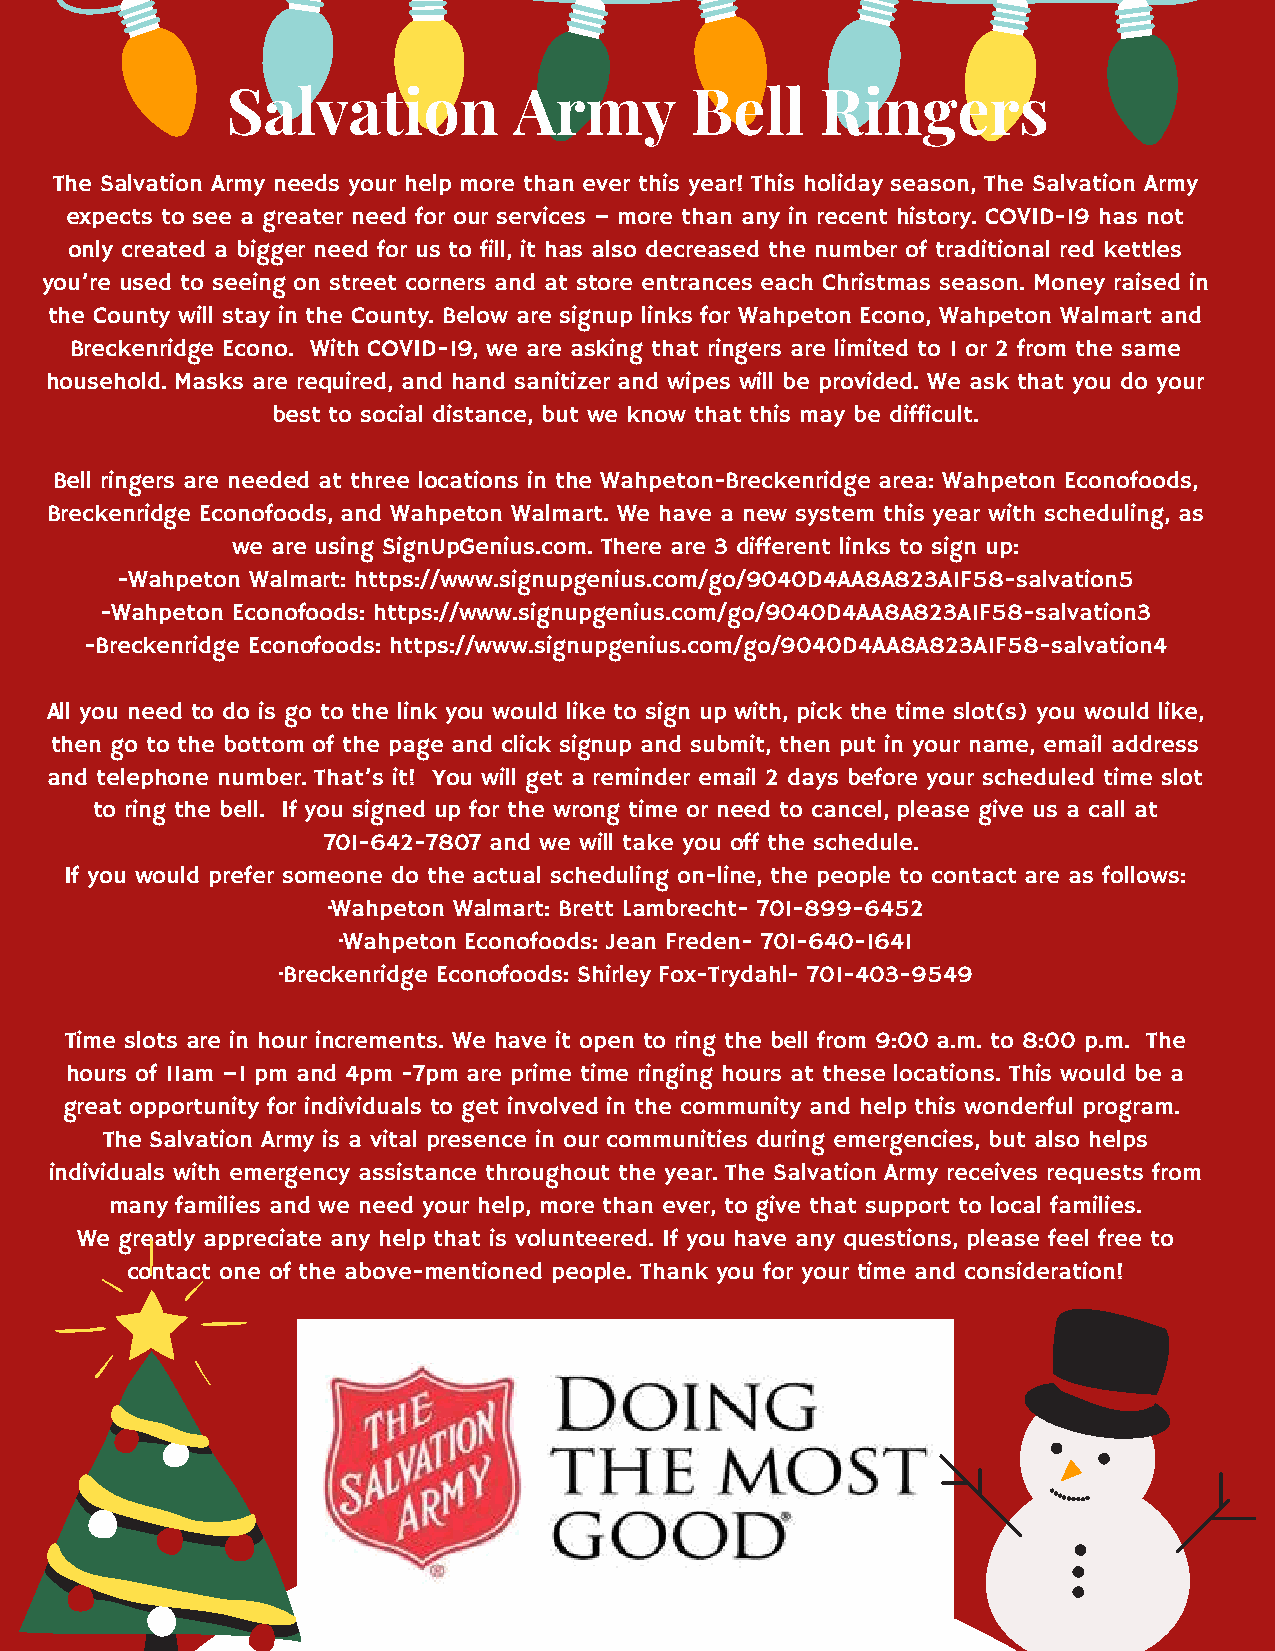
Salvation          Army        Bell    Ringers
 The Salvation Army needs your help more than ever this year! This holiday season, The Salvation Army
 expects to see a greater need for our services – more than any in recent history. COVID-19 has not
 only created a bigger need for us to fill, it has also decreased the number of traditional red kettles
 you’re used to seeing on street corners and at store entrances each Christmas season. Money raised in
 the County will stay in the County. Below are signup links for Wahpeton Econo, Wahpeton Walmart and
 Breckenridge Econo. With COVID-19, we are asking that ringers are limited to 1 or 2 from the same
 household. Masks are required, and hand sanitizer and wipes will be provided. We ask that you do your
 best to social distance, but we know that this may be difficult.
 Bell ringers are needed at three locations in the Wahpeton-Breckenridge area: Wahpeton Econofoods,
 Breckenridge Econofoods, and Wahpeton Walmart. We have a new system this year with scheduling, as
 we are using SignUpGenius.com. There are 3 different links to sign up:
 -Wahpeton Walmart: https://www.signupgenius.com/go/9040D4AA8A823A1F58-salvation5
 -Wahpeton Econofoods: https://www.signupgenius.com/go/9040D4AA8A823A1F58-salvation3
 -Breckenridge Econofoods: https://www.signupgenius.com/go/9040D4AA8A823A1F58-salvation4
 All you need to do is go to the link you would like to sign up with, pick the time slot(s) you would like,
 then go to the bottom of the page and click signup and submit, then put in your name, email address
 and telephone number. That’s it! You will get a reminder email 2 days before your scheduled time slot
 to ring the bell. If you signed up for the wrong time or need to cancel, please give us a call at
 701-642-7807 and we will take you off the schedule.
 If you would prefer someone do the actual scheduling on-line, the people to contact are as follows:
 ·Wahpeton Walmart: Brett Lambrecht- 701-899-6452
 ·Wahpeton Econofoods: Jean Freden- 701-640-1641
 ·Breckenridge Econofoods: Shirley Fox-Trydahl- 701-403-9549
 Time slots are in hour increments. We have it open to ring the bell from 9:00 a.m. to 8:00 p.m. The
 hours of 11am –1 pm and 4pm -7pm are prime time ringing hours at these locations. This would be a
 great opportunity for individuals to get involved in the community and help this wonderful program.
 The Salvation Army is a vital presence in our communities during emergencies, but also helps
 individuals with emergency assistance throughout the year. The Salvation Army receives requests from
 many families and we need your help, more than ever, to give that support to local families.
 We greatly appreciate any help that is volunteered. If you have any questions, please feel free to
 contact one of the above-mentioned people. Thank you for your time and consideration!